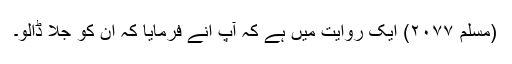
(مسلم ۲۰۷۷) ایک روایت میں ہے کہ آپ انے فرمایا کہ ان کو جلا ڈالو۔